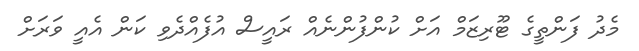
މެދު ފަންތީގެ ޓޫރިޒަމް އަށް ކުންފުންނެއް ރައީސް އުފެއްދެވި ކަން އެއީ ވަރަށް